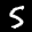
Label: 5